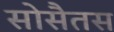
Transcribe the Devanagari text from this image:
सोसैतस